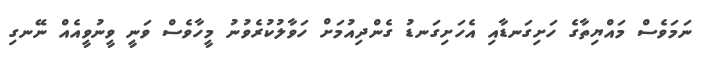
ނަމަވެސް މައްޔިތާގެ ހަށިގަނޑާއި އެހަށިގަނޑު ގެންދިއުމަށް ހަވާލުކުރެވުނު މީހާވެސް ވަނީ ވީނުވީއެއް ނޭނގި